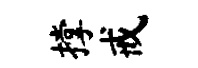
撑戒